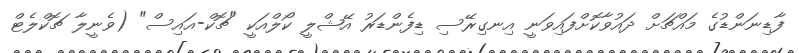
ފާޑިނަންޑުގެ މައްޗަށް ދައުވާކޮށްފައިވަނީ އިނގިރޭސި ޑިފެންޑަރު އޭޝްލީ ކޯލްއަކީ "ޗޮކް-އައިސް" (ވެނީލާ ޗޮކްލެޓް